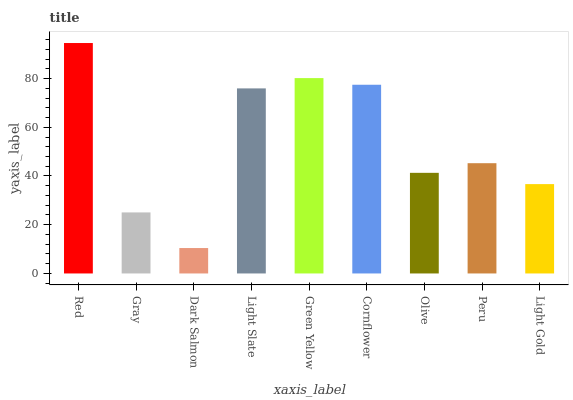
| xaxis_label | bars |
 | --- | --- |
 | Red | 94.6 |
 | Gray | 25.1 |
 | Dark Salmon | 10.4 |
 | Light Slate | 76 |
 | Green Yellow | 80.2 |
 | Cornflower | 77.4 |
 | Olive | 41.3 |
 | Peru | 45.3 |
 | Light Gold | 36.7 |